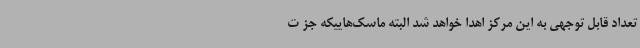
تعداد قابل توجهی به این مرکز اهدا خواهد شد البته ماسک‌هاییکه جز ت